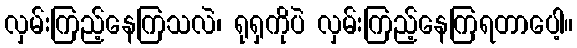
လှမ်းကြည့်နေကြသလဲ၊ ရုရှကိုပဲ လှမ်းကြည့်နေကြရတာပေါ့။